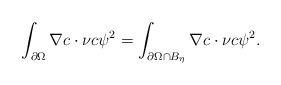
LaTeX: \begin{align*}\int_{\partial\Omega}\nabla c\cdot\nu c\psi^{2}=\int_{\partial\Omega\cap B_{\eta} }\nabla c\cdot\nu c\psi^{2}. \end{align*}